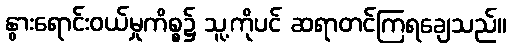
နွားရောင်းဝယ်မှုကိစ္စ၌ သူ့ကိုပင် ဆရာတင်ကြရချေသည်။